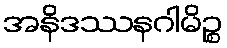
အနိဒဿနဂါမိဉ္စ